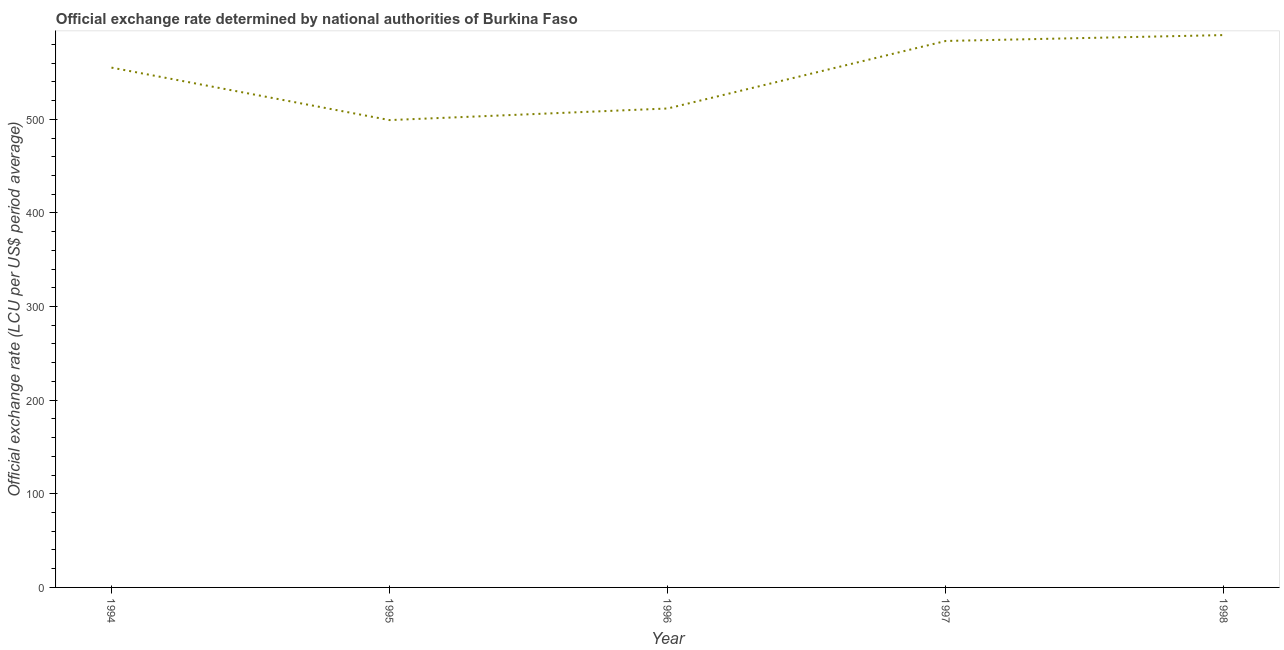
| Year | Official exchange rate |
 | --- | --- |
 | 1994 | 555 |
 | 1995 | 499 |
 | 1996 | 512 |
 | 1997 | 584 |
 | 1998 | 590 |